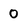
Character: O